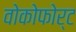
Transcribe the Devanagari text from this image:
वोकोफोर्ट